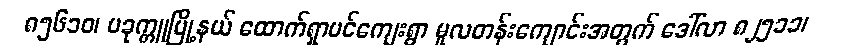
၈၅၆၁ဝ၊ ပခုက္ကူမြို့နယ် ထောက်ရှာပင်ကျေးရွာ မူလတန်းကျောင်းအတွက် ဒေါ်လာ ၈၂၅၁၁၊